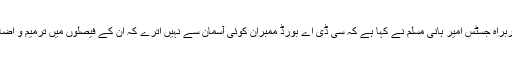
دو رکنی بینچ کے سربراہ جسٹس امیر ہانی مسلم نے کہا ہے کہ سی ڈی اے بورڈ ممبران کوئی آسمان سے نہیں اترے کہ ان کے فیصلوں میں ترمیم و اضافہ نہیں کیا جا سکتا ۔